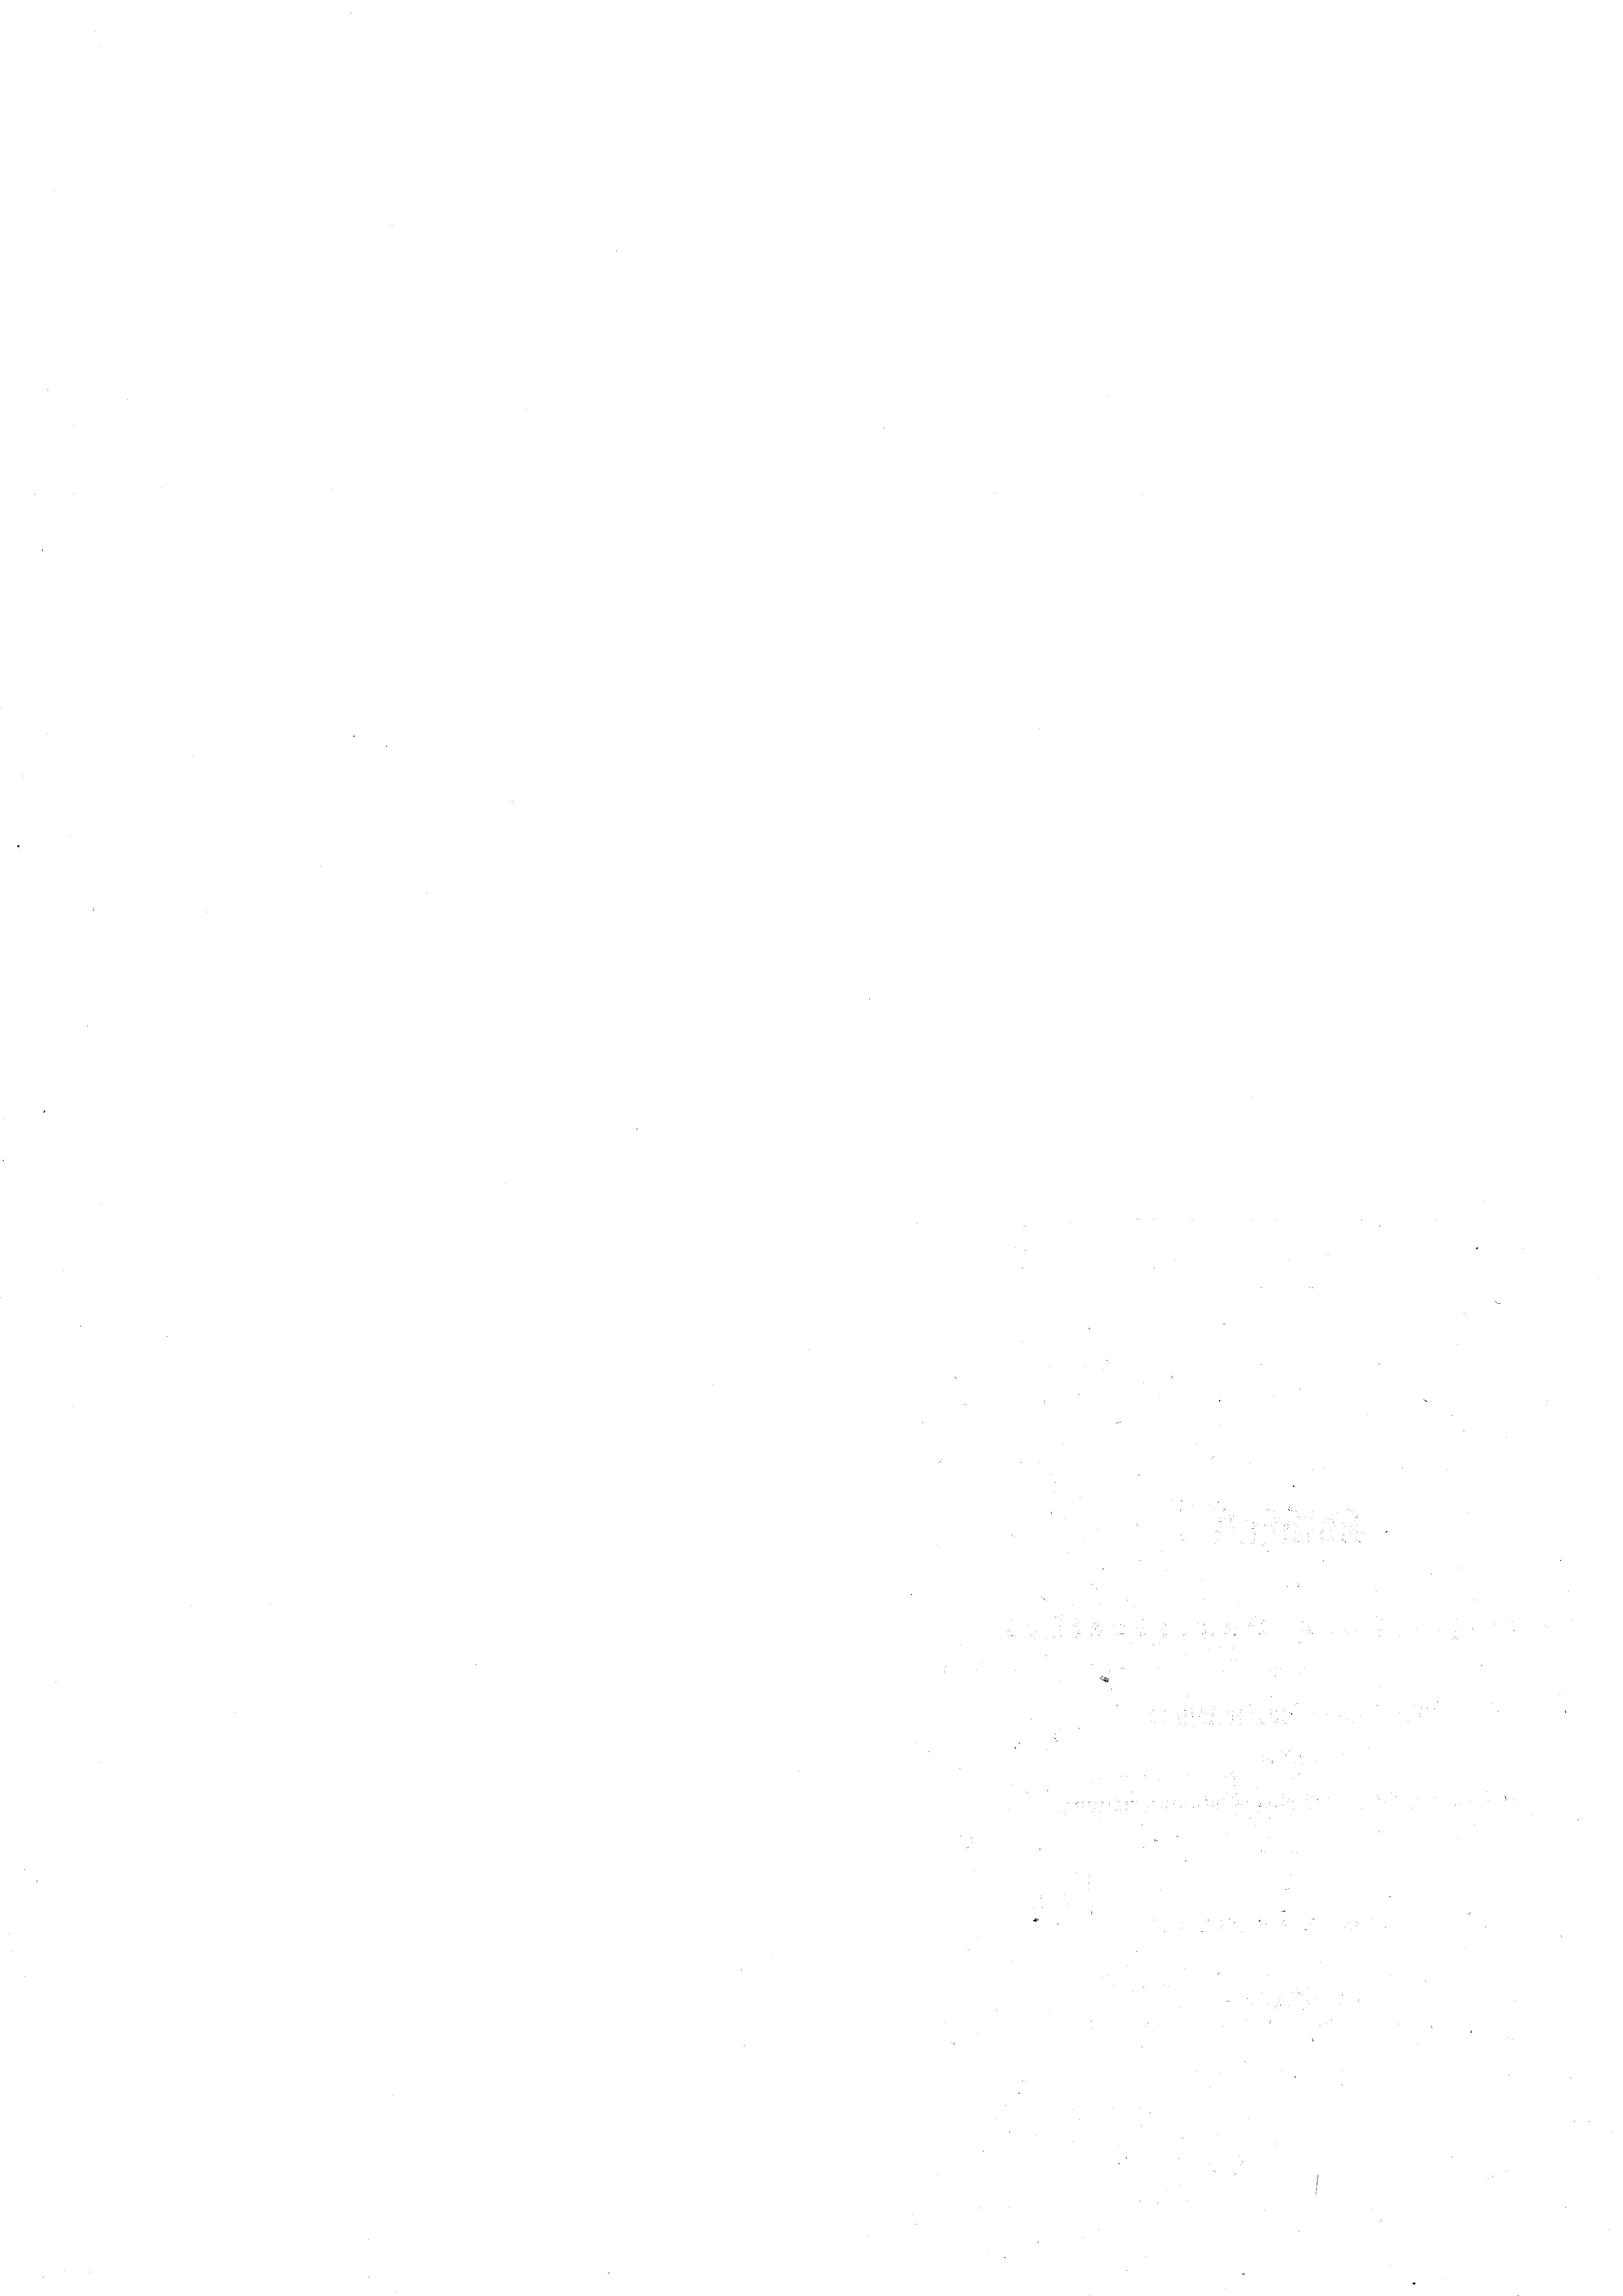
22 x
f. 2
¬
.
5
e
e

i
8

.